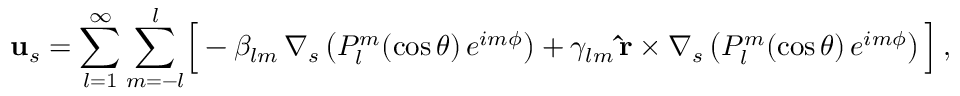
\begin{array} { r } { \mathbf { u } _ { s } = \displaystyle { \sum _ { l = 1 } ^ { \infty } } \, \displaystyle { \sum _ { m = - l } ^ { l } } \Big [ - \beta _ { l m } \, { \boldsymbol \nabla } _ { s } \left( P _ { l } ^ { m } ( \cos \theta ) \, e ^ { i m \phi } \right) + \gamma _ { l m } \, { \bf \hat { r } } \times { \boldsymbol \nabla } _ { s } \left( P _ { l } ^ { m } ( \cos \theta ) \, e ^ { i m \phi } \right) \Big ] \, , } \end{array}